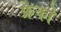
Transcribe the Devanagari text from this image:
फ्रेको